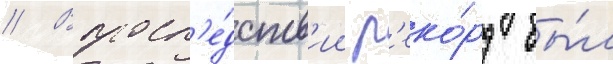
// Впосл'е́дств'ии р'еко́рд бы́л